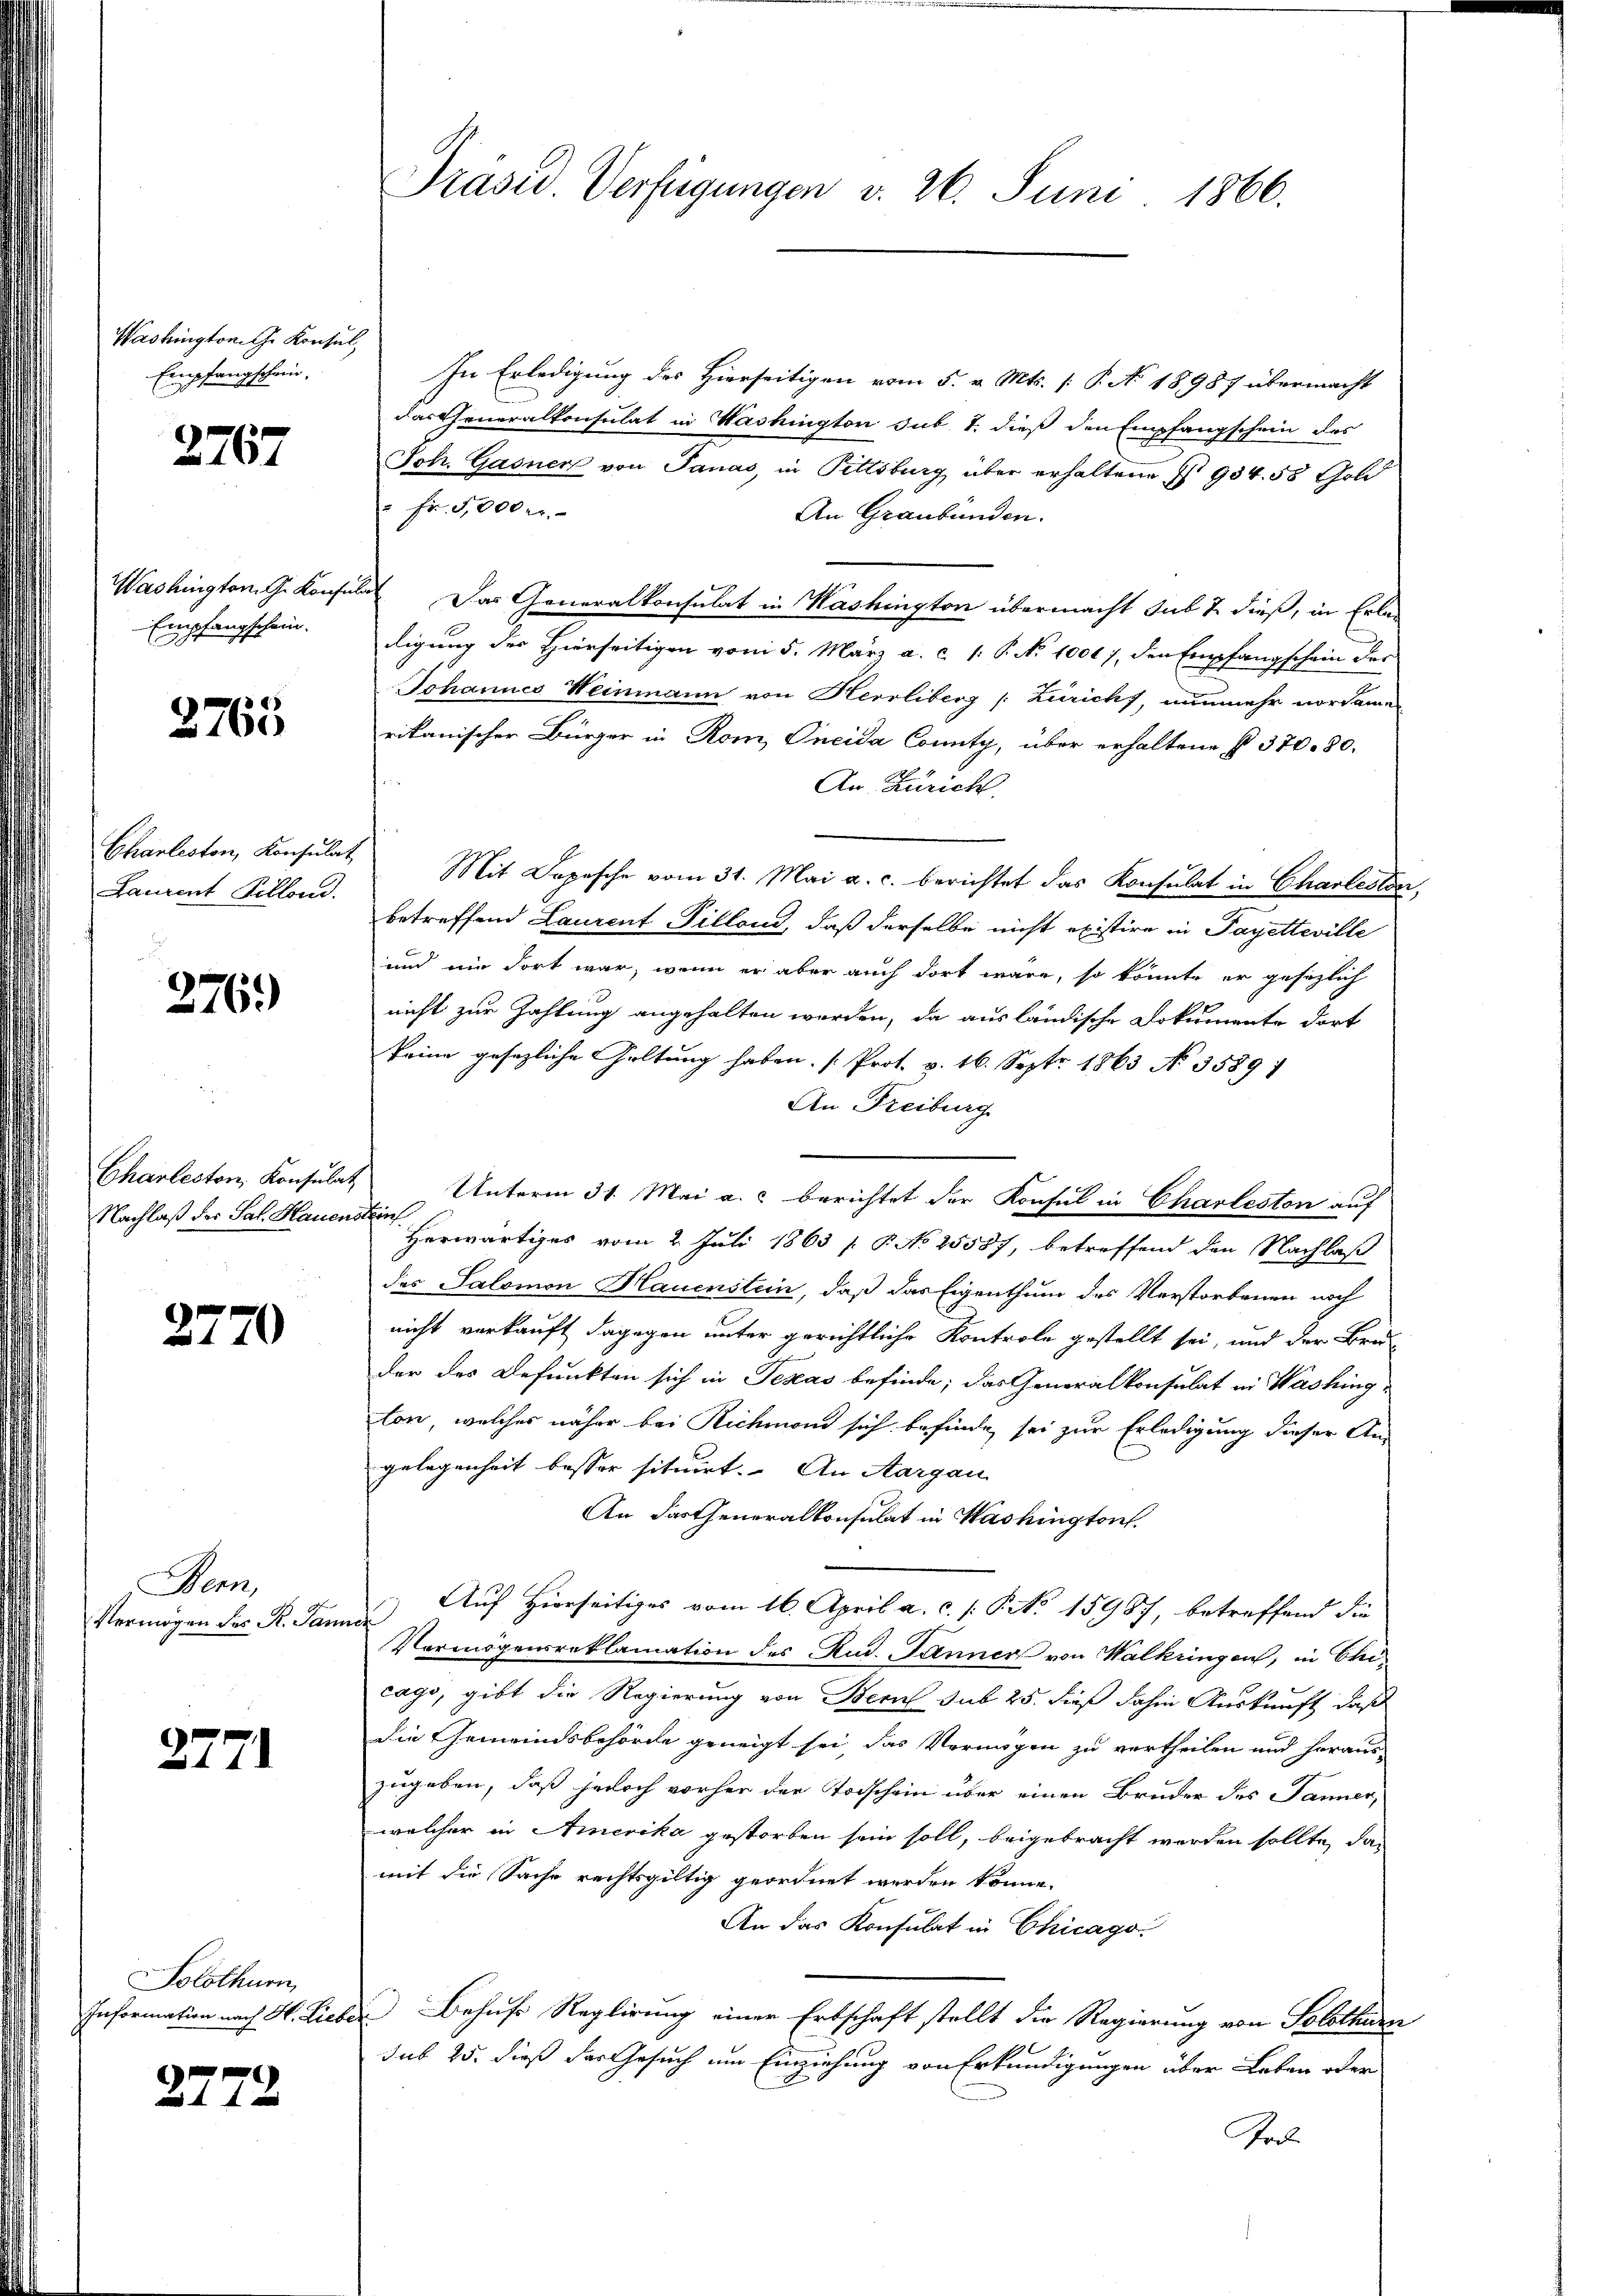
Washingtoni che Konsul
Empfangschein,

2767

Washington G. Konsul
Empfangschein.

2763

Charleston, Konsulat
Laurent Pillond.

276.

Charleston, Konsulat
Nachlaß der Sal. Hauens

2770

Bern,
Vermögen des R. Sam

2771

Solothurn,
Information nach H. Lieber

2772

Präser Verfügungen v. 26. Juni 1866.

In Erledigung des Hierseitigen vom 5. v. Mts. [ P. No. 18987 übermacht
das Generalkonsulat in Washington sub 1. dieß den Empfangschein des
Joh. Gasner von Janas, in Pittsburg über erhaltene I 984. 58 Gold
" Fr. 5,000 M.
An Graubünden.
 Das Generalkonsulat in Kashington übermacht sub & dieß, in Erledigung des Hierseitigen von 5. März a. c. 1 P. No. 10017, den Empfangschein des
Johannes Weinmann von Herrliberg (: Zürich, nunmehr vorsame
rikanischer Bürger in Rom, Oncida County, über erhaltene § 370. 80.
An Zürich
Mit Depesche vom 31. Mai a. c. berichtet das Konsulat in Charleiter,
betreffend Laurent Pilland, daß derselbe nicht existire in Payetteville
und nie dort war, wenn er aber auch dort wäre, so könnte er gesezlich
nicht zur Zahlung angehalten worden, da aus ländische Dokumente dort
keine gesezliche Geltung haben. (Prot. v. 16. Sept. 1863 No 3589/
An Freiburg
Unterm 31. Mai a.c. berichtet der Konsul in Charleston auf
kin
Herwärtiges vom 2. Juli 1863 [ P. No 25587, betreffend den Nachlaß
des Salomon Hauenstein, daß das Eigenthum des Verstorbenen noch
nicht verkauft dagegen unter gerichtliche Kontrole gestellt sei, und der Bru
der des Defunkten sich in Texas befinde; das Generalkonsulat in Washing
lon, welcher näher bei Richmond sich befinde sei zur Erledigung dieser An-
gelegenheit besser situirt. An Aargau
An das Generalkonsulat in Washington.
Auf Hierseitiges vom 16. April a. c. /: No 15987 betreffend die
t
Vermögensreklamation des Rud. Jänner von Walkringen, in Ehecago, gibt die Regierung von Bern sub 25. dieß dahin Auskunft, daß
die Gemeindsbehörde geneigt sei das Vermögen zu vertheilen und heraus
zugeben, daß jedoch vorher der Todschein über einen Bruder des Jänner,
welcher in Amerika gestorben sein soll, beigebracht werden sollte, das
mit die Sache rechtsgültig geordnet werden könne.
An das Konsulat in Chicago
Behufs Reglirung einer Erbschaft stellt die Regierung von Solothurn
sub 25. dieß der Gesuch um Einziehung von Erkundigungen über Leben oder
Fol.